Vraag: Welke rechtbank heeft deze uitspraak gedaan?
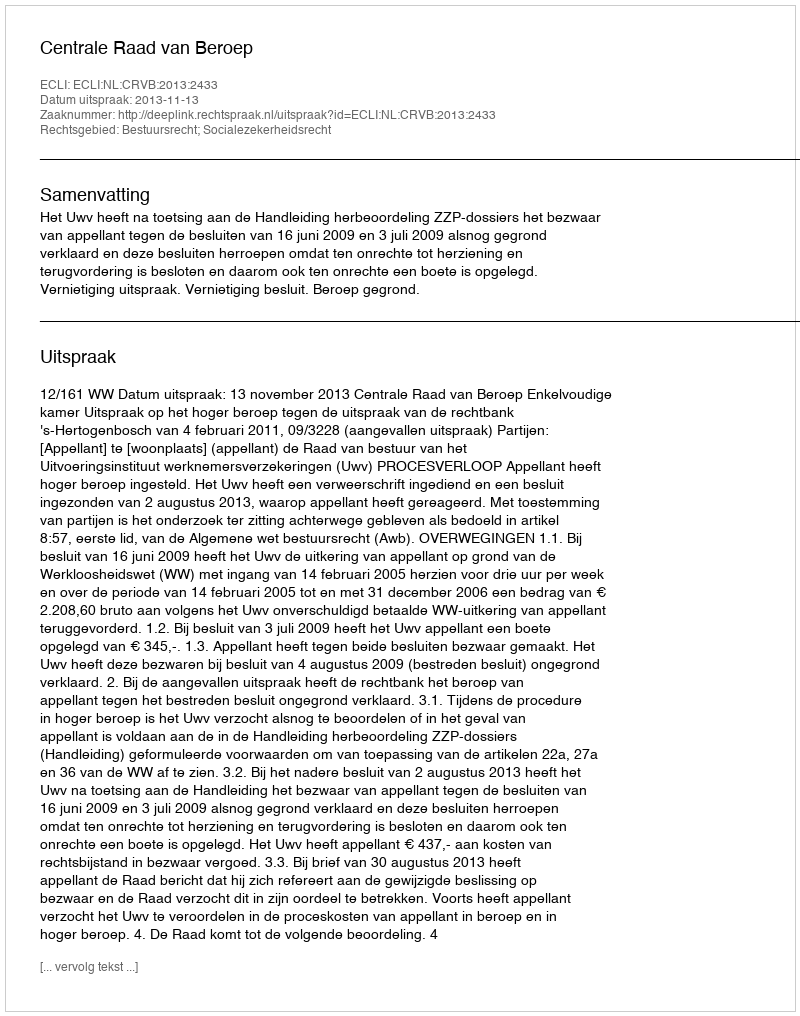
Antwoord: Centrale Raad van Beroep